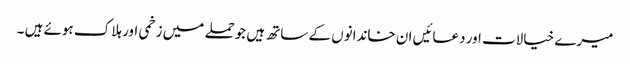
میرے خیالات اور دعائیں ان خاندانوں کے ساتھ ہیں جوحملے میں زخمی اور ہلاک ہوئے ہیں ۔